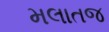
મલાતજ